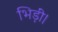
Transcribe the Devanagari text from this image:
भिड़ीं।